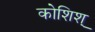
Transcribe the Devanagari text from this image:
कोशिश्